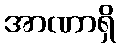
အာဏာရှိ